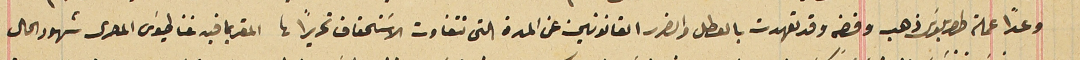
وعداً عملة طرابلوسَ ذهب وفضه وقد تعهدت بالعطل والضرر القانونين عن المدة التى تتفاوت الاسَتحقاق تحريراً لها  المقر بما فيه غناطيوسَ المصرى شهود الحال